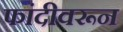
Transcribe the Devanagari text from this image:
फांदीवरून